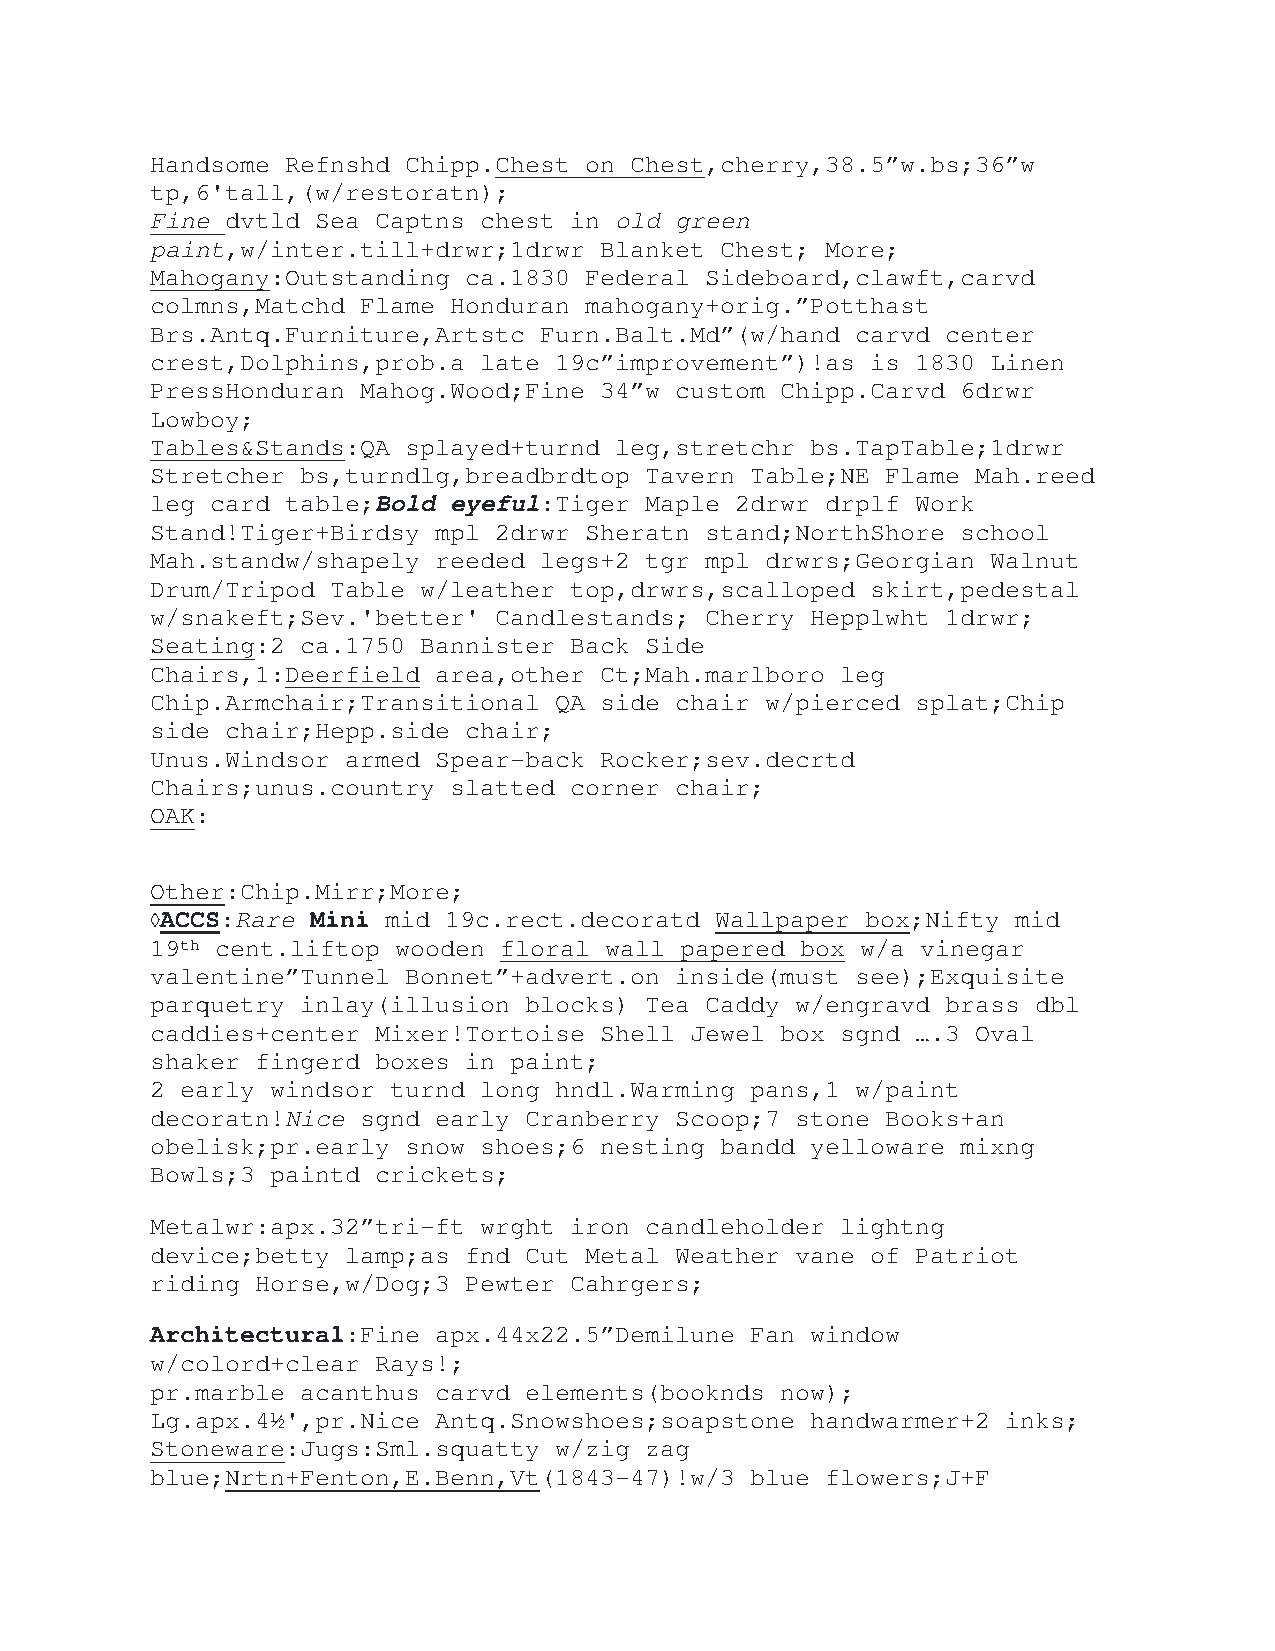
Handsome Refnshd Chipp.Chest on Chest,cherry,38.5”w.bs;36”w
 tp,6'tall,(w/restoratn);
 Fine dvtld Sea Captns chest in old green
 paint,w/inter.till+drwr;1drwr Blanket Chest; More;
 Mahogany:Outstanding ca.1830 Federal Sideboard,clawft,carvd
 colmns,Matchd Flame Honduran mahogany+orig.”Potthast
 Brs.Antq.Furniture,Artstc Furn.Balt.Md”(w/hand carvd center
 crest,Dolphins,prob.a late 19c”improvement”)!as is 1830 Linen
 PressHonduran Mahog.Wood;Fine 34”w custom Chipp.Carvd 6drwr
 Lowboy;
 Tables&Stands:QA splayed+turnd leg,stretchr bs.TapTable;1drwr
 Stretcher bs,turndlg,breadbrdtop Tavern Table;NE Flame Mah.reed
 leg card table;Bold eyeful:Tiger Maple 2drwr drplf Work
 Stand!Tiger+Birdsy mpl 2drwr Sheratn stand;NorthShore school
 Mah.standw/shapely reeded legs+2 tgr mpl drwrs;Georgian Walnut
 Drum/Tripod Table w/leather top,drwrs,scalloped skirt,pedestal
 w/snakeft;Sev.'better' Candlestands; Cherry Hepplwht 1drwr;
 Seating:2 ca.1750 Bannister Back Side
 Chairs,1:Deerfield area,other Ct;Mah.marlboro leg
 Chip.Armchair;Transitional QA side chair w/pierced splat;Chip
 side chair;Hepp.side chair;
 Unus.Windsor armed Spear-back Rocker;sev.decrtd
 Chairs;unus.country slatted corner chair;
 OAK:
 Other:Chip.Mirr;More;
 ACCS:Rare Mini mid 19c.rect.decoratd Wallpaper box;Nifty mid
 19th cent.liftop wooden floral wall papered box w/a vinegar
 valentine”Tunnel Bonnet”+advert.on inside(must see);Exquisite
 parquetry inlay(illusion blocks) Tea Caddy w/engravd brass dbl
 caddies+center Mixer!Tortoise Shell Jewel box sgnd ….3 Oval
 shaker fingerd boxes in paint;
 2 early windsor turnd long hndl.Warming pans,1 w/paint
 decoratn!Nice sgnd early Cranberry Scoop;7 stone Books+an
 obelisk;pr.early snow shoes;6 nesting bandd yelloware mixng
 Bowls;3 paintd crickets;
 Metalwr:apx.32”tri-ft wrght iron candleholder lightng
 device;betty lamp;as fnd Cut Metal Weather vane of Patriot
 riding Horse,w/Dog;3 Pewter Cahrgers;
 Architectural:Fine apx.44x22.5”Demilune Fan window
 w/colord+clear Rays!;
 pr.marble acanthus carvd elements(booknds now);
 Lg.apx.4½',pr.Nice Antq.Snowshoes;soapstone handwarmer+2 inks;
 Stoneware:Jugs:Sml.squatty w/zig zag
 blue;Nrtn+Fenton,E.Benn,Vt(1843-47)!w/3 blue flowers;J+F